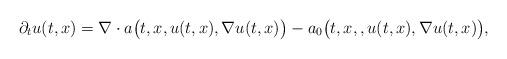
LaTeX: \begin{align*}\partial_t u(t,x) = \nabla \cdot a\big(t,x,u(t,x),\nabla u(t,x)\big) - a_0\big(t,x,,u(t,x),\nabla u(t,x)\big),\end{align*}